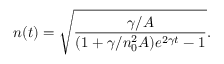
n ( t ) = \sqrt { \frac { \gamma / A } { ( 1 + \gamma / n _ { 0 } ^ { 2 } A ) e ^ { 2 \gamma t } - 1 } } .